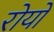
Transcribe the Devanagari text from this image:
रोयो